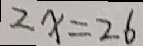
2 x = 2 6